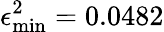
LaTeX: \epsilon_{\mathrm{min}}^{2}=0.0482